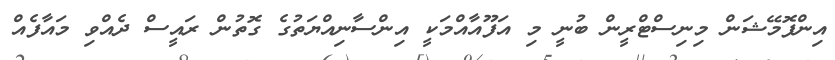
އިންފޮމޭޝަން މިނިސްޓްރީން ބުނީ މި އަފޫއާއްމަކީ އިންސާނިއްޔަތުގެ ގޮތުން ރައީސް ދެއްވި މައާފެއް